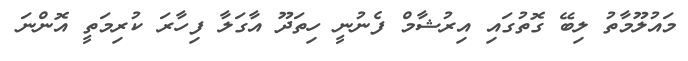
މައުލޫމާތު ލިބޭ ގޮތުގައި އިރުޝާމް ފެނުނީ ހިތަދޫ އާގަލާ ފިހާރަ ކުރިމަތީ އޮންނަ